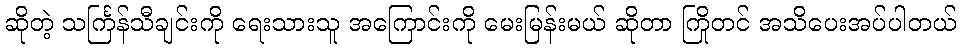
ဆိုတဲ့ သင်္ကြန်သီချင်းကို ရေးသားသူ အကြောင်းကို မေးမြန်းမယ် ဆိုတာ ကြိုတင် အသိပေးအပ်ပါတယ်